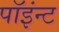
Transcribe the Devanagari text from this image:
पॉइंन्ट